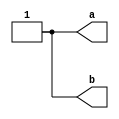
module stimulate
(
	output a,
	output b
);

reg r_a = 1'b0;
reg r_b = 1'b0;

initial					// Uwaga, wewntrz bloku initial przypisujemy wartoci do rejestrw za pomoc = a nie <= jak to miao miejsce w procesach
begin
	#2; r_a = 1'b0; r_b = 1'b0;
	#2; r_a = 1'b0; r_b = 1'b1;
	#2; r_a = 1'b1; r_b = 1'b0;
	#2; r_a = 1'b1; r_b = 1'b1;
end

assign a = r_a;
assign b = r_b;

endmodule